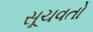
સૂચવતો